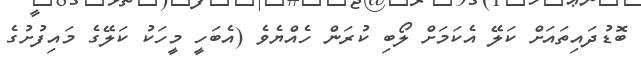
ބޮޑުދައިތައަށް ކަލޭ އެކަމަށް ލޯބި ކުރަން ހެއްޔެވެ (އެބަހީ މީހަކު ކަލޭގެ މައިފުށުގެ